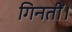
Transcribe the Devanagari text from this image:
गिनतीं।